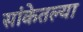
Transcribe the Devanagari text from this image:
सांकेतल्या